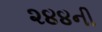
૨૪૪ની